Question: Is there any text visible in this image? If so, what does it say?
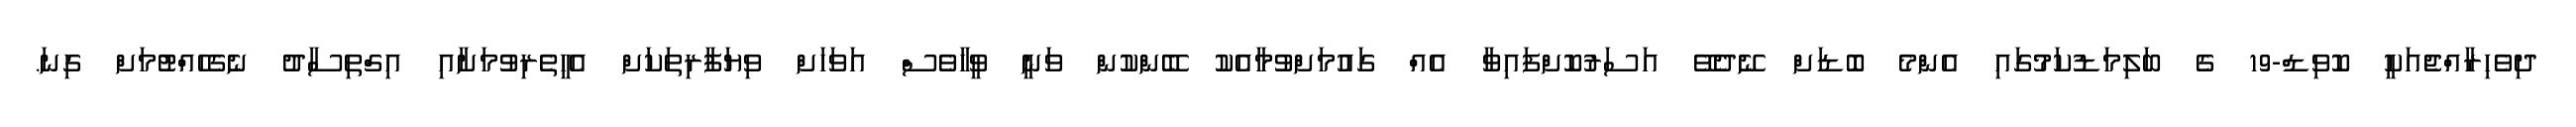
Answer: ދިވެހިރާއްޖެއަކީ ކޮވިޑް-19 ގެ ބަލިމަޑުކަމުގައި އެންމެ ބޮޑަށް ނޭދެވޭ އަސަރުކޮށްފައިވާ އެއް ގައުމަށްވުމާއެކު ބޭންކުން ވަނީ ވީހާވެސް އަވަހަށް ވިޔަފާރިތަކަށް އެހީތެރިވުމަށާއި އިގްތިސާދު ނެގެހެއްޓުމަށް ގިނަ.